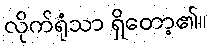
လိုက်ရုံသာ ရှိတော့၏။